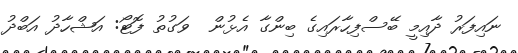
ނައިފަރު ދާއިމީ ބޭސްފިހާރައިގެ ބިންގާ އެޅުން  ވަގުތު ފޮޓޯ: އަޝްހާދު އަބްދު